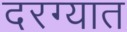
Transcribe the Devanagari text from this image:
दरग्यात